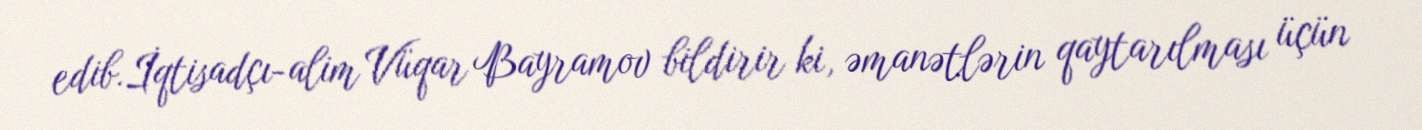
edib.İqtisadçı-alim Vüqar Bayramov bildirir ki, əmanətlərin qaytarılması üçün